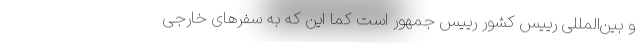
و بین‌المللی رییس کشور رییس جمهور است کما این که به سفرهای خارجی